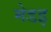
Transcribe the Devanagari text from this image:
मेडइ